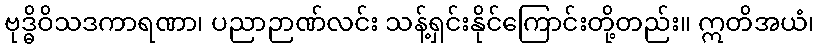
ဗုဒ္ဓိဝိသဒကာရဏာ၊ ပညာဉာဏ်လင်း သန့်ရှင်းနိုင်ကြောင်းတို့တည်း။ ဣတိအယံ၊